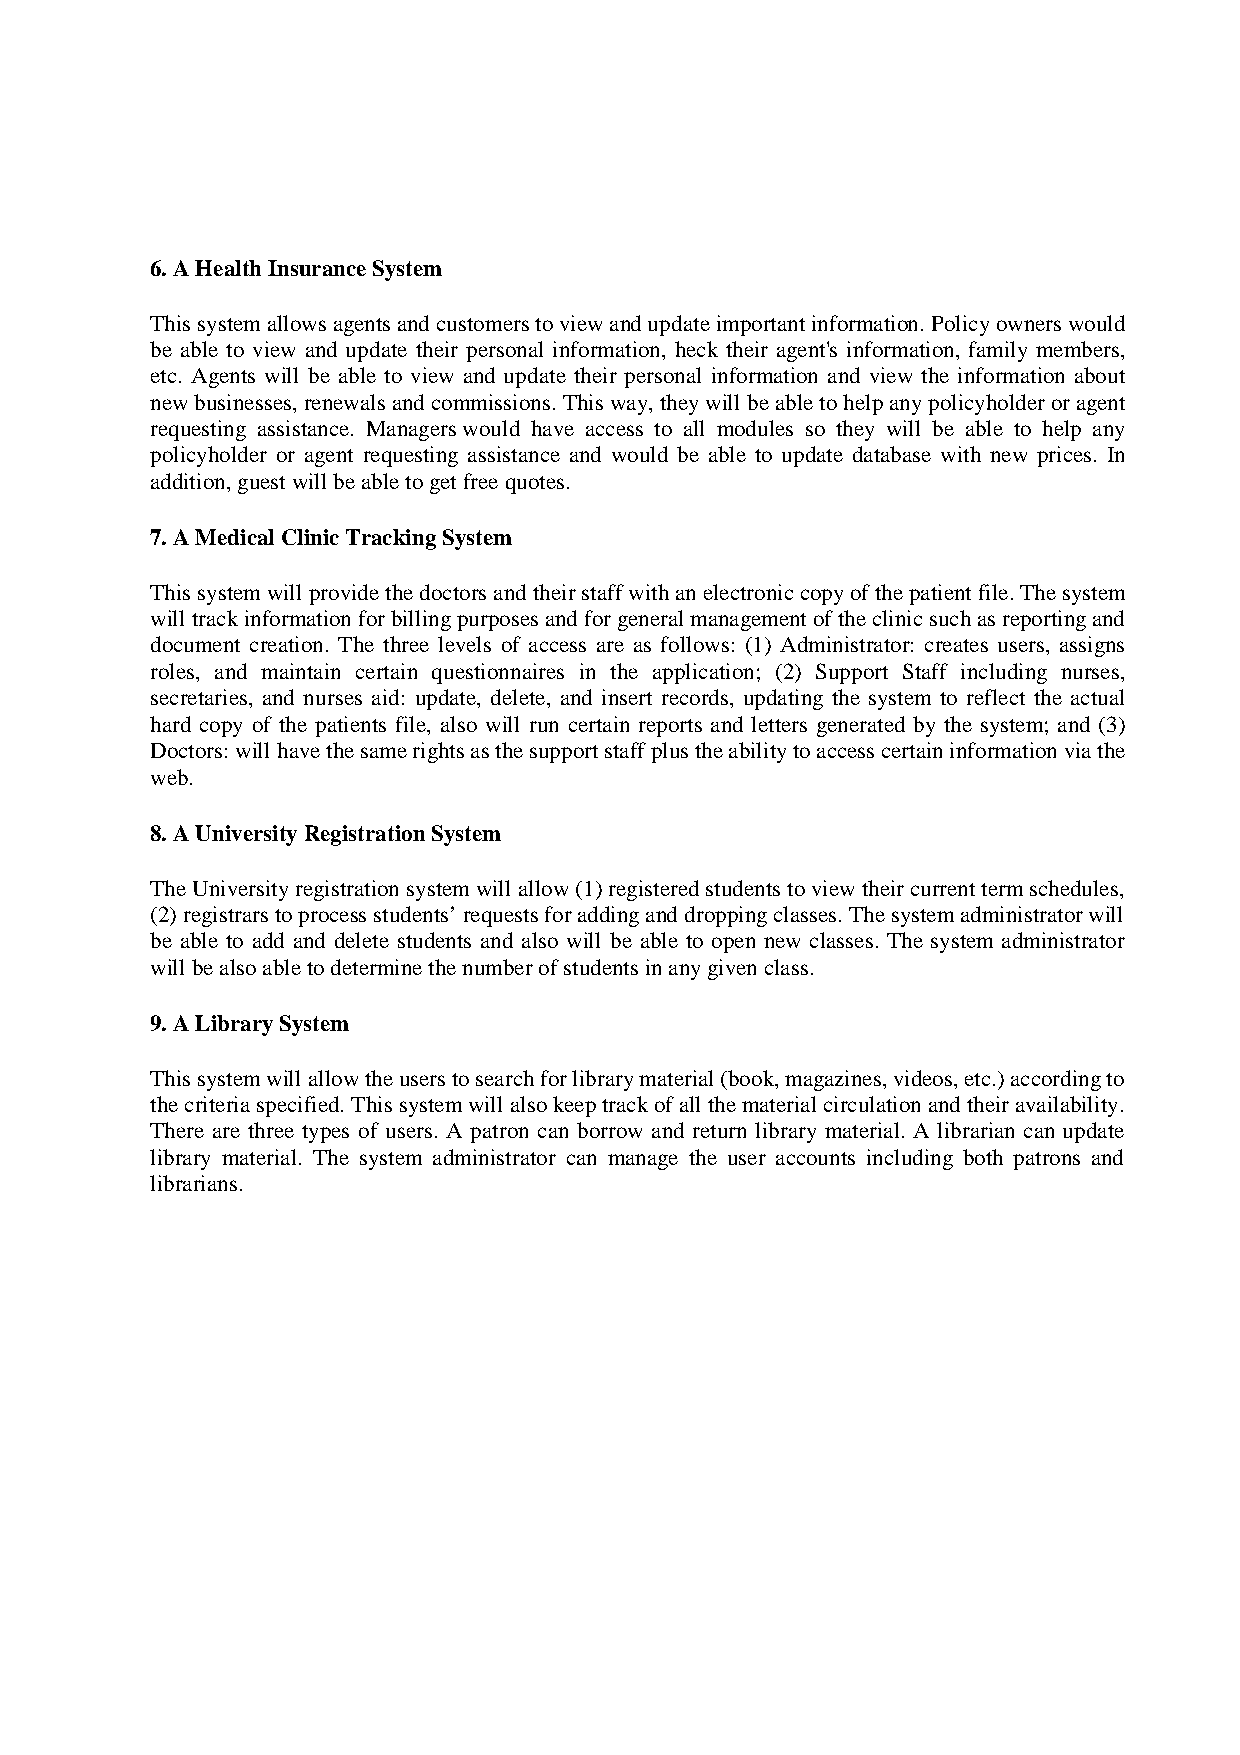
6. A Health Insurance System
 This system allows agents and customers to view and update important information. Policy owners would
 be able to view and update their personal information, heck their agent's information, family members,
 etc. Agents will be able to view and update their personal information and view the information about
 new businesses, renewals and commissions. This way, they will be able to help any policyholder or agent
 requesting assistance. Managers would have access to all modules so they will be able to help any
 policyholder or agent requesting assistance and would be able to update database with new prices. In
 addition, guest will be able to get free quotes.
 7. A Medical Clinic Tracking System
 This system will provide the doctors and their staff with an electronic copy of the patient file. The system
 will track information for billing purposes and for general management of the clinic such as reporting and
 document creation. The three levels of access are as follows: (1) Administrator: creates users, assigns
 roles, and maintain certain questionnaires in the application; (2) Support Staff including nurses,
 secretaries, and nurses aid: update, delete, and insert records, updating the system to reflect the actual
 hard copy of the patients file, also will run certain reports and letters generated by the system; and (3)
 Doctors: will have the same rights as the support staff plus the ability to access certain information via the
 web.
 8. A University Registration System
 The University registration system will allow (1) registered students to view their current term schedules,
 (2) registrars to process students’ requests for adding and dropping classes. The system administrator will
 be able to add and delete students and also will be able to open new classes. The system administrator
 will be also able to determine the number of students in any given class.
 9. A Library System
 This system will allow the users to search for library material (book, magazines, videos, etc.) according to
 the criteria specified. This system will also keep track of all the material circulation and their availability.
 There are three types of users. A patron can borrow and return library material. A librarian can update
 library material. The system administrator can manage the user accounts including both patrons and
 librarians.